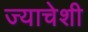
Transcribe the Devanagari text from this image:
ज्याचेशी